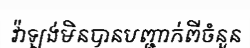
វ៉ាឡង់មិនបានបញ្ជាក់ពីចំនួន